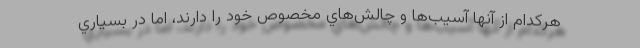
هركدام از آنها آسيب‌ها و چالش‌هاي مخصوص خود را دارند، اما در بسياري